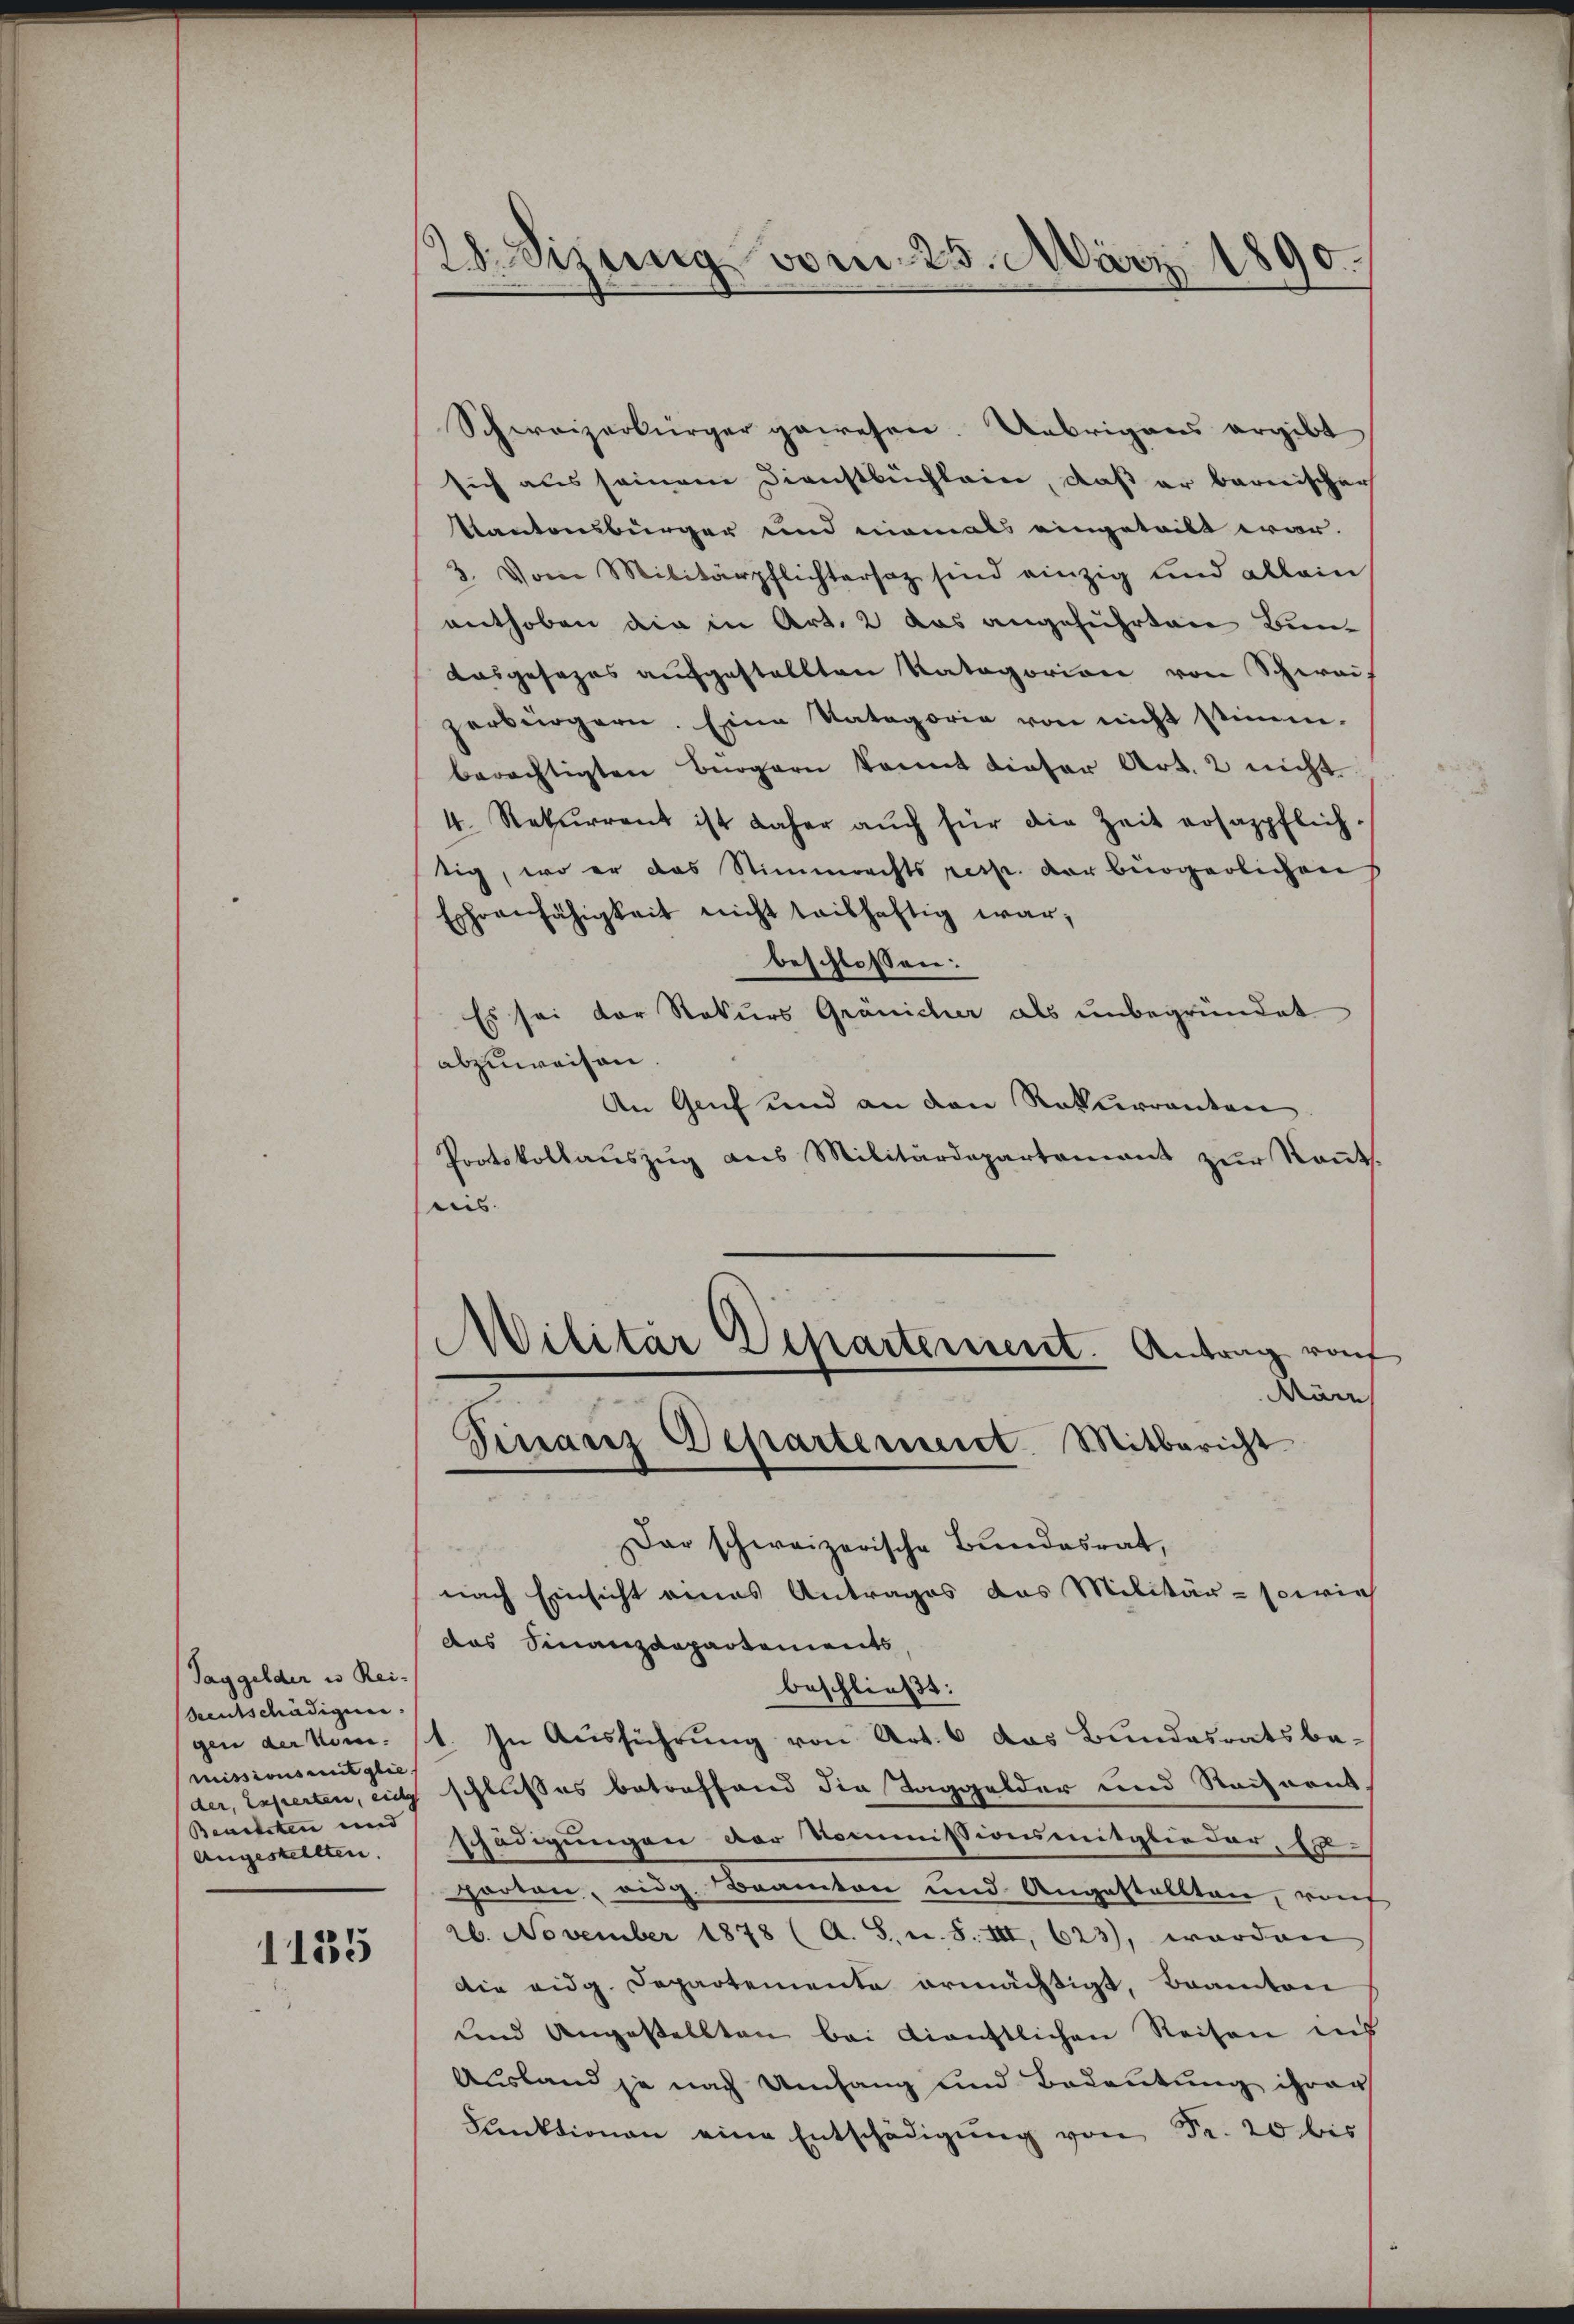
Taggelder es Rei-
Beutschädigun
missionsmitglie
Beurteten und
Angestellten.

1135

28. Sizung vom 25. März 1890.

Schweizerbürger gewesen. Übrigens ergibt
sich aus seinem Dienstbüchlein, daß er barnische
Kantonsbürger und niemals eingetritt war
3. Vom Militärpflichtersaz sind einzig und allein
enthoben die in Art. 2 das angeführten Bun¬
Aasgesezes aufgestellten Ratagorien von Schwei-
zerbürgern. Eine Katagorie von nicht stimm-
berächtigten Bürgern konnt dieser Art. 2 nicht
4. Rekurrent ist daher aŭch für die Zeit ersappflich.
tig, wo er das Stimmrechts resp. der bürgerlichen
Eshrenfähigkeit nicht teilhaftig war,
beschlossen:
Es sei der Rekurs Gränicher als unbegründet
abzuweisen
An Genf und an den Rekurrenten
Protokollauszug aus Militärdepartement zŭr Kant.
reis |
MMilitar Departement. Antrag rauf
März
Finanz Departement. Mitbericht
Dar schweizerische Bundesrat,
nach Einsicht eines Antrages das Militär- sowies
das Finanzdepartements,
beschließt:
gen der vom 11. In Ausführung von Art. 6 das Bundesratsbe-
der, Taperten, auch schlußes betreffend die Taggelder und Rechnonsschädigungen der Kommissionsmitglieder, E
parten, eidg. Beamten und Angestallten, rof
26. November 1878 (A. S. u. S. III, 623), worden
die eidg. Departemente ermächtigt, Beamten
und Angestellten bei dienstlichen Reisen ins
Ausland ja nach Umfang und Bedeutung ihrer
Clektionen eine Entschädigŭng von Fr. 20 bis